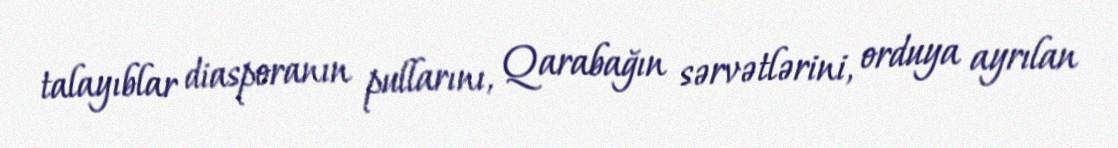
talayıblar diasporanın pullarını, Qarabağın sərvətlərini, orduya ayrılan